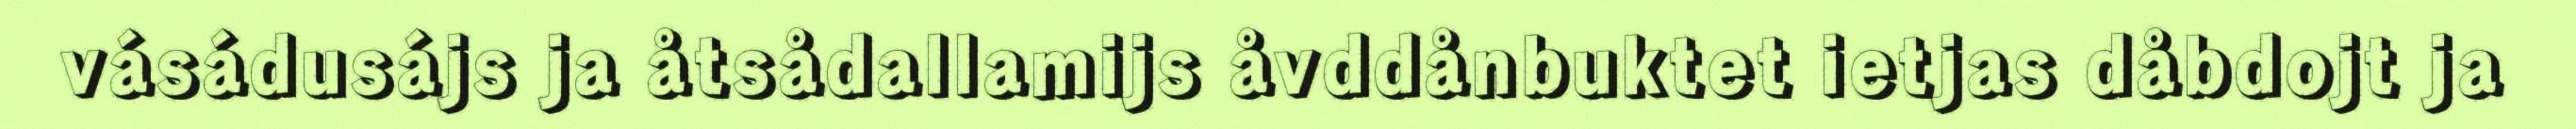
vásádusájs ja åtsådallamijs åvddånbuktet ietjas dåbdojt ja